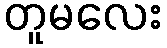
တူမလေး